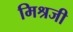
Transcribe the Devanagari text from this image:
मिश्रजी